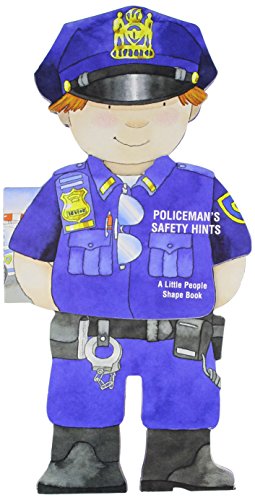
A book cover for Policeman's Safety Hints (Little People Shape Books); Giovanni Caviezel; Children's Books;